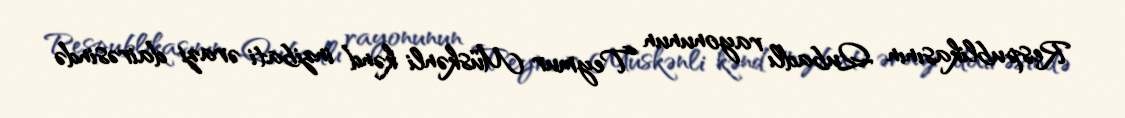
Respublikasının Qubadlı rayonunun Teymur Müskənli kənd inzibati ərazi dairəsində